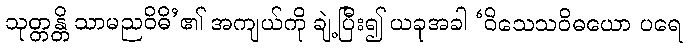
သုတ္တန္တိ သာမညဝိဓိ’၏ အကျယ်ကို ချဲ့ပြီး၍ ယခုအခါ ‘ဝိသေသဝိဓယော ပရေ